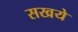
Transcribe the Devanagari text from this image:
सखये